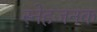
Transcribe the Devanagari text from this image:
स्नेहजनक